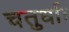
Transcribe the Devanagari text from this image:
चतुर्धाः